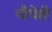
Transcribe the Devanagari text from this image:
चौघेही